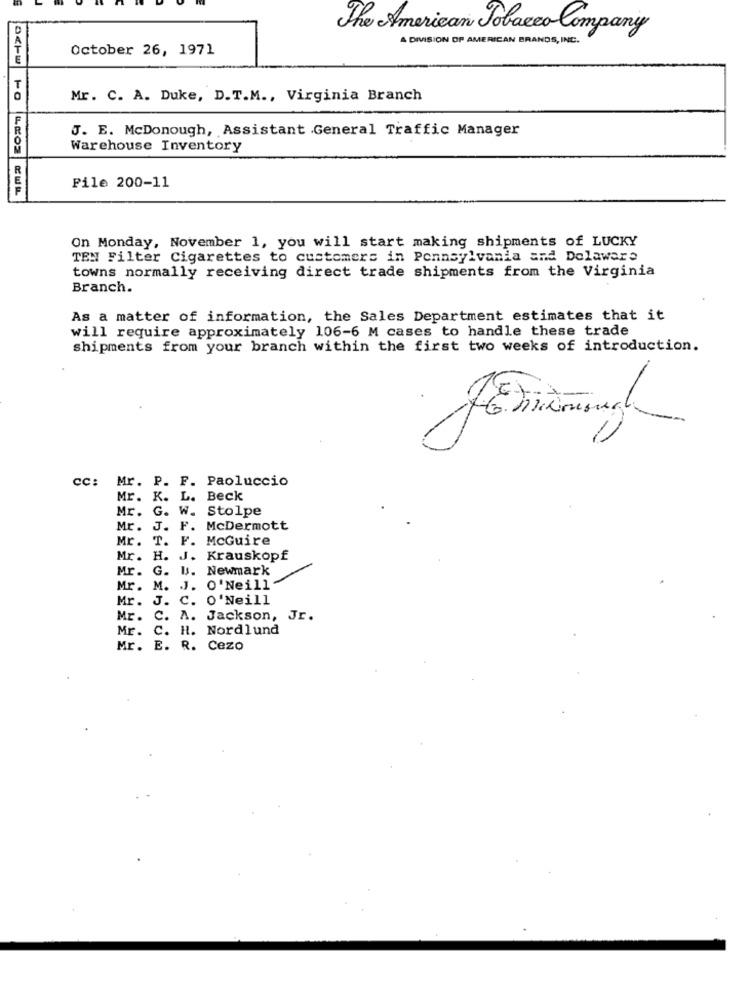
The American Tobacco Company
A DIVISION OF AMERICAN BRANDS, INC.
October 26, 1971
T
Mr. C. A. Duke, D.T.M ., Virginia Branch
J. E. McDonough, Assistant General Traffic Manager
Warehouse Inventory
File 200-11
On Monday, November 1, you will start making shipments of LUCKY
TEN Filter Cigarettes to customers in Pennsylvania and Delaware
towns normally receiving direct trade shipments from the Virginia
Branch.
As a matter of information, the Sales Department estimates that it
will require approximately 106-6 M cases to handle these trade
shipments from your branch within the first two weeks of introduction.
CC: Mr. P. F. Paoluccio
Mr. K. L. Beck
Mr.
G. W. Stolpe
Mr.
J. F.
McDermott
Mr. T.
F. McGuire
Mr. H. J. Krauskopf
Mr.
G. U. Newmark
Mr. 1
J. O'Neill
Mr.
J. C. O'Neill
Mr. C.
A. Jackson, Jr.
Mr.
C. H. Nordlund
Mr. E.
R. Cezo